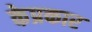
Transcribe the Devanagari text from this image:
केप्रकार